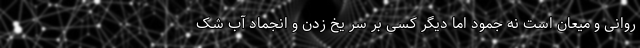
روانی و میعان است نه جمود اما دیگر کسی بر سر یخ زدن و انجماد آب شک